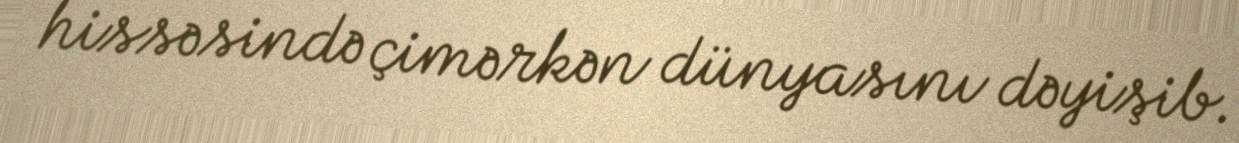
hissəsində çimərkən dünyasını dəyişib.